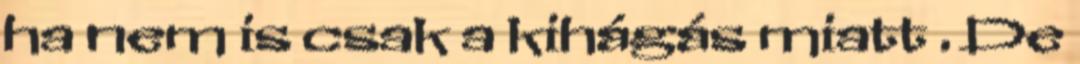
ha nem is csak a kihágás miatt . De